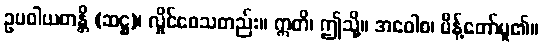
ဥပဝါယတန္တိ (ဆဋ္ဌ)၊ လှိုင်စေသတည်း။ ဣတိ၊ ဤသို့။ အဝေါစ၊ မိန့်တော်မူ၏။